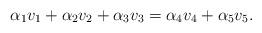
LaTeX: \begin{align*} \alpha_1 v_1 + \alpha_2 v_2 + \alpha_3 v_3 = \alpha_4 v_4 + \alpha_5 v_5.\end{align*}